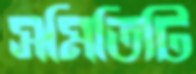
সমিতিটি